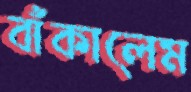
বাঁকালেম